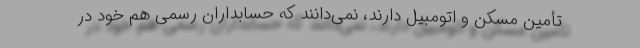
تأمین مسكن و اتومبیل دارند‌، نمی‌دانند كه حسابداران رسمی هم خود در